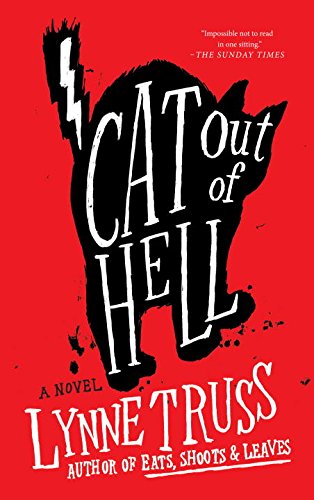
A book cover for Cat Out of Hell; Lynne Truss; Literature & Fiction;